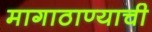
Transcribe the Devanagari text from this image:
मागाठाण्याची